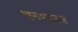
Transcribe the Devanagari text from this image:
धनशास्त्र